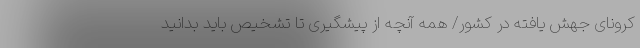
کرونای جهش یافته در کشور/ همه آنچه از پیشگیری تا تشخیص باید بدانید